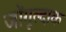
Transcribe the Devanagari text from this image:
जोंगूल्दाक